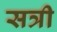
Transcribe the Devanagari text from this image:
सत्री